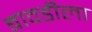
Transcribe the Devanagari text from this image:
बावडीला